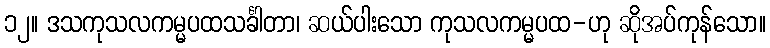
၁၂။ ဒသကုသလကမ္မပထသင်္ခါတာ၊ ဆယ်ပါးသော ကုသလကမ္မပထ-ဟု ဆိုအပ်ကုန်သော။